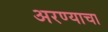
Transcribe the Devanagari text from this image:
अरण्याचा